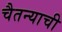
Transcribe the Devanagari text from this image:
चैतन्याची